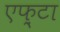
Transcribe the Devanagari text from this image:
एफ़्टा